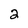
Character: 2